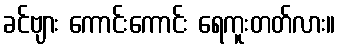
ခင်ဗျား ကောင်းကောင်း ရေကူးတတ်လား။